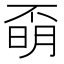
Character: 𣈇